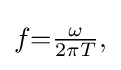
{\textstyle f{=}{\frac {\omega }{2\pi T}},}